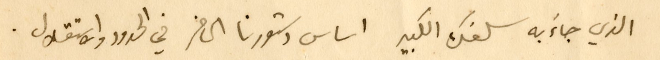
الذي جاءَ به سلفك الكبير اساس دستورنا الحاضر في الحدود والاستقلال.